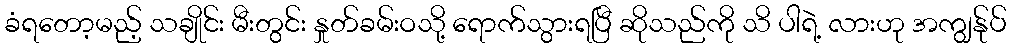
ခံရတော့မည့် သချိုင်း မီးတွင်း နှုတ်ခမ်းဝသို့ ရောက်သွားရပြီ ဆိုသည်ကို သိ ပါရဲ့ လားဟု အကျွန်ုပ်